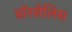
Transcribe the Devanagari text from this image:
डॉरसेलिस